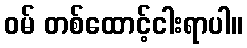
ဝမ် တစ်ထောင့်ငါးရာပါ။